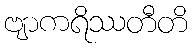
ဗျာကရိဿတီတိ